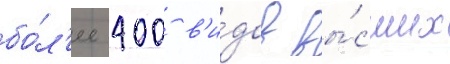
бо́л'ее 400 в'и́дов вы́сших